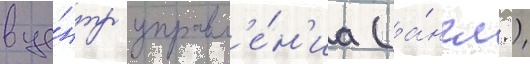
в це́нтр управл'е́н'иа (а́нгл.)